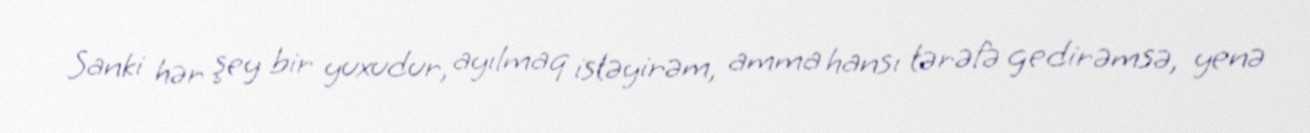
Sanki hər şey bir yuxudur, ayılmaq istəyirəm, amma hansı tərəfə gedirəmsə, yenə